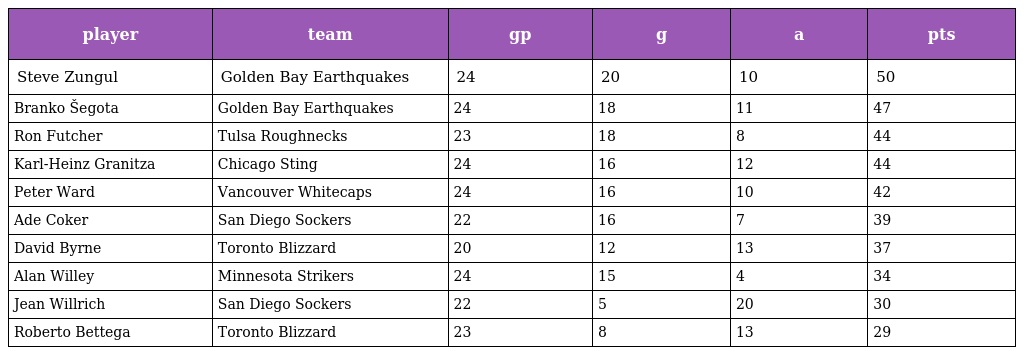
| player | team | gp | g | a | pts |
 | --- | --- | --- | --- | --- | --- |
 | Steve Zungul | Golden Bay Earthquakes | 24 | 20 | 10 | 50 |
 | Branko Šegota | Golden Bay Earthquakes | 24 | 18 | 11 | 47 |
 | Ron Futcher | Tulsa Roughnecks | 23 | 18 | 8 | 44 |
 | Karl-Heinz Granitza | Chicago Sting | 24 | 16 | 12 | 44 |
 | Peter Ward | Vancouver Whitecaps | 24 | 16 | 10 | 42 |
 | Ade Coker | San Diego Sockers | 22 | 16 | 7 | 39 |
 | David Byrne | Toronto Blizzard | 20 | 12 | 13 | 37 |
 | Alan Willey | Minnesota Strikers | 24 | 15 | 4 | 34 |
 | Jean Willrich | San Diego Sockers | 22 | 5 | 20 | 30 |
 | Roberto Bettega | Toronto Blizzard | 23 | 8 | 13 | 29 |